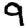
Digit: 9